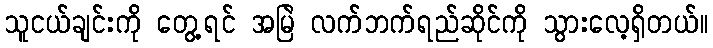
သူငယ်ချင်းကို တွေ့ရင် အမြဲ လက်ဘက်ရည်ဆိုင်ကို သွားလေ့ရှိတယ်။